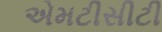
એમટીસીટી